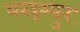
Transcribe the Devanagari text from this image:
बरहम्पुर